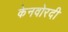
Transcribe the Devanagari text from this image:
केनवोरदी